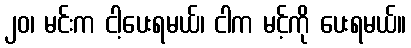
၂၀၊ မင်းက ငါ့ပေးရမယ်၊ ငါက မင့်ကို ပေးရမယ်။